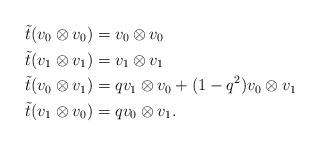
LaTeX: \begin{align*}\tilde{t}(v_0 \otimes v_0) &= v_0 \otimes v_0 \\\tilde{t}(v_1 \otimes v_1) &= v_1 \otimes v_1 \\\tilde{t}(v_0 \otimes v_1) &= q v_1 \otimes v_0 +(1-q^2) v_0 \otimes v_1 \\\tilde{t}(v_1 \otimes v_0) &= q v_0 \otimes v_1.\end{align*}